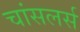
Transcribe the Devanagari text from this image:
चांसलर्स